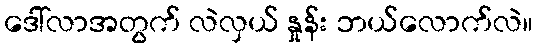
ဒေါ်လာအတွက် လဲလှယ် နှုန်း ဘယ်လောက်လဲ။